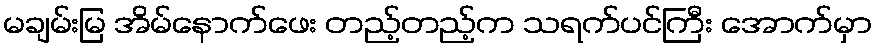
မချမ်းမြ အိမ်နောက်ဖေး တည့်တည့်က သရက်ပင်ကြီး အောက်မှာ